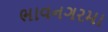
ભાવનગરમા